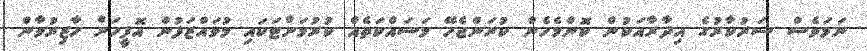
ނަމަވެސް ސަރުކާރުގެ އިދާރާއަކުން ކޮންމެހެން ކުރަންޖެހޭ މަސައްކަތެއް ކުރުމަށްޓަކައި މުވައްޒަފުން އޮފީހަށް ހާޒިރުވާން